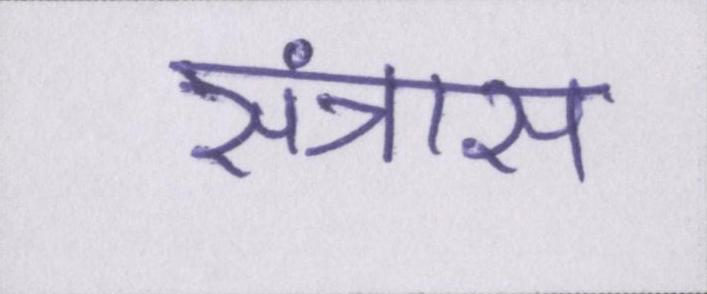
संत्रास